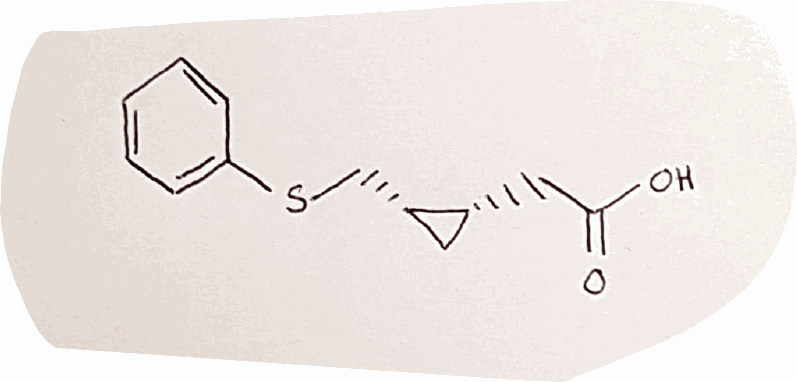
Simplified molecular-input line-entry system (SMILES) notation of the given molecule:
C1[C@H]([C@H]1CSC2=CC=CC=C2)CC(=O)O